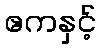
ဧကနှင့်